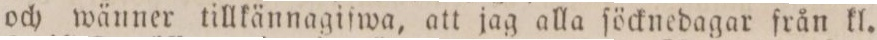
och wänner tillkännagifwa, att jag alla ſöcknedagar från kl.